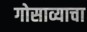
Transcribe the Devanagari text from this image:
गोसाव्याचा